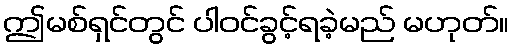
ဤမစ်ရှင်တွင် ပါဝင်ခွင့်ရခဲ့မည် မဟုတ်။